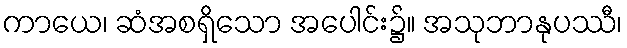
ကာယေ၊ ဆံအစရှိသော အပေါင်း၌။ အသုဘာနုပဿီ၊